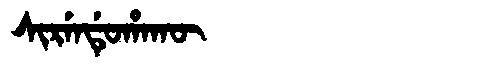
Manchu: ᠰᡳᡵᡝᠨᡩᡠᡥᠠᡴᡡ
Romanization: SIRENDUHAKŪ